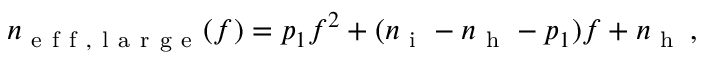
n _ { \mathrm { ~ e ~ f ~ f ~ , ~ l ~ a ~ r ~ g ~ e ~ } } ( f ) = p _ { 1 } f ^ { 2 } + ( n _ { \mathrm { ~ i ~ } } - n _ { \mathrm { ~ h ~ } } - p _ { 1 } ) f + n _ { \mathrm { ~ h ~ } } \, ,